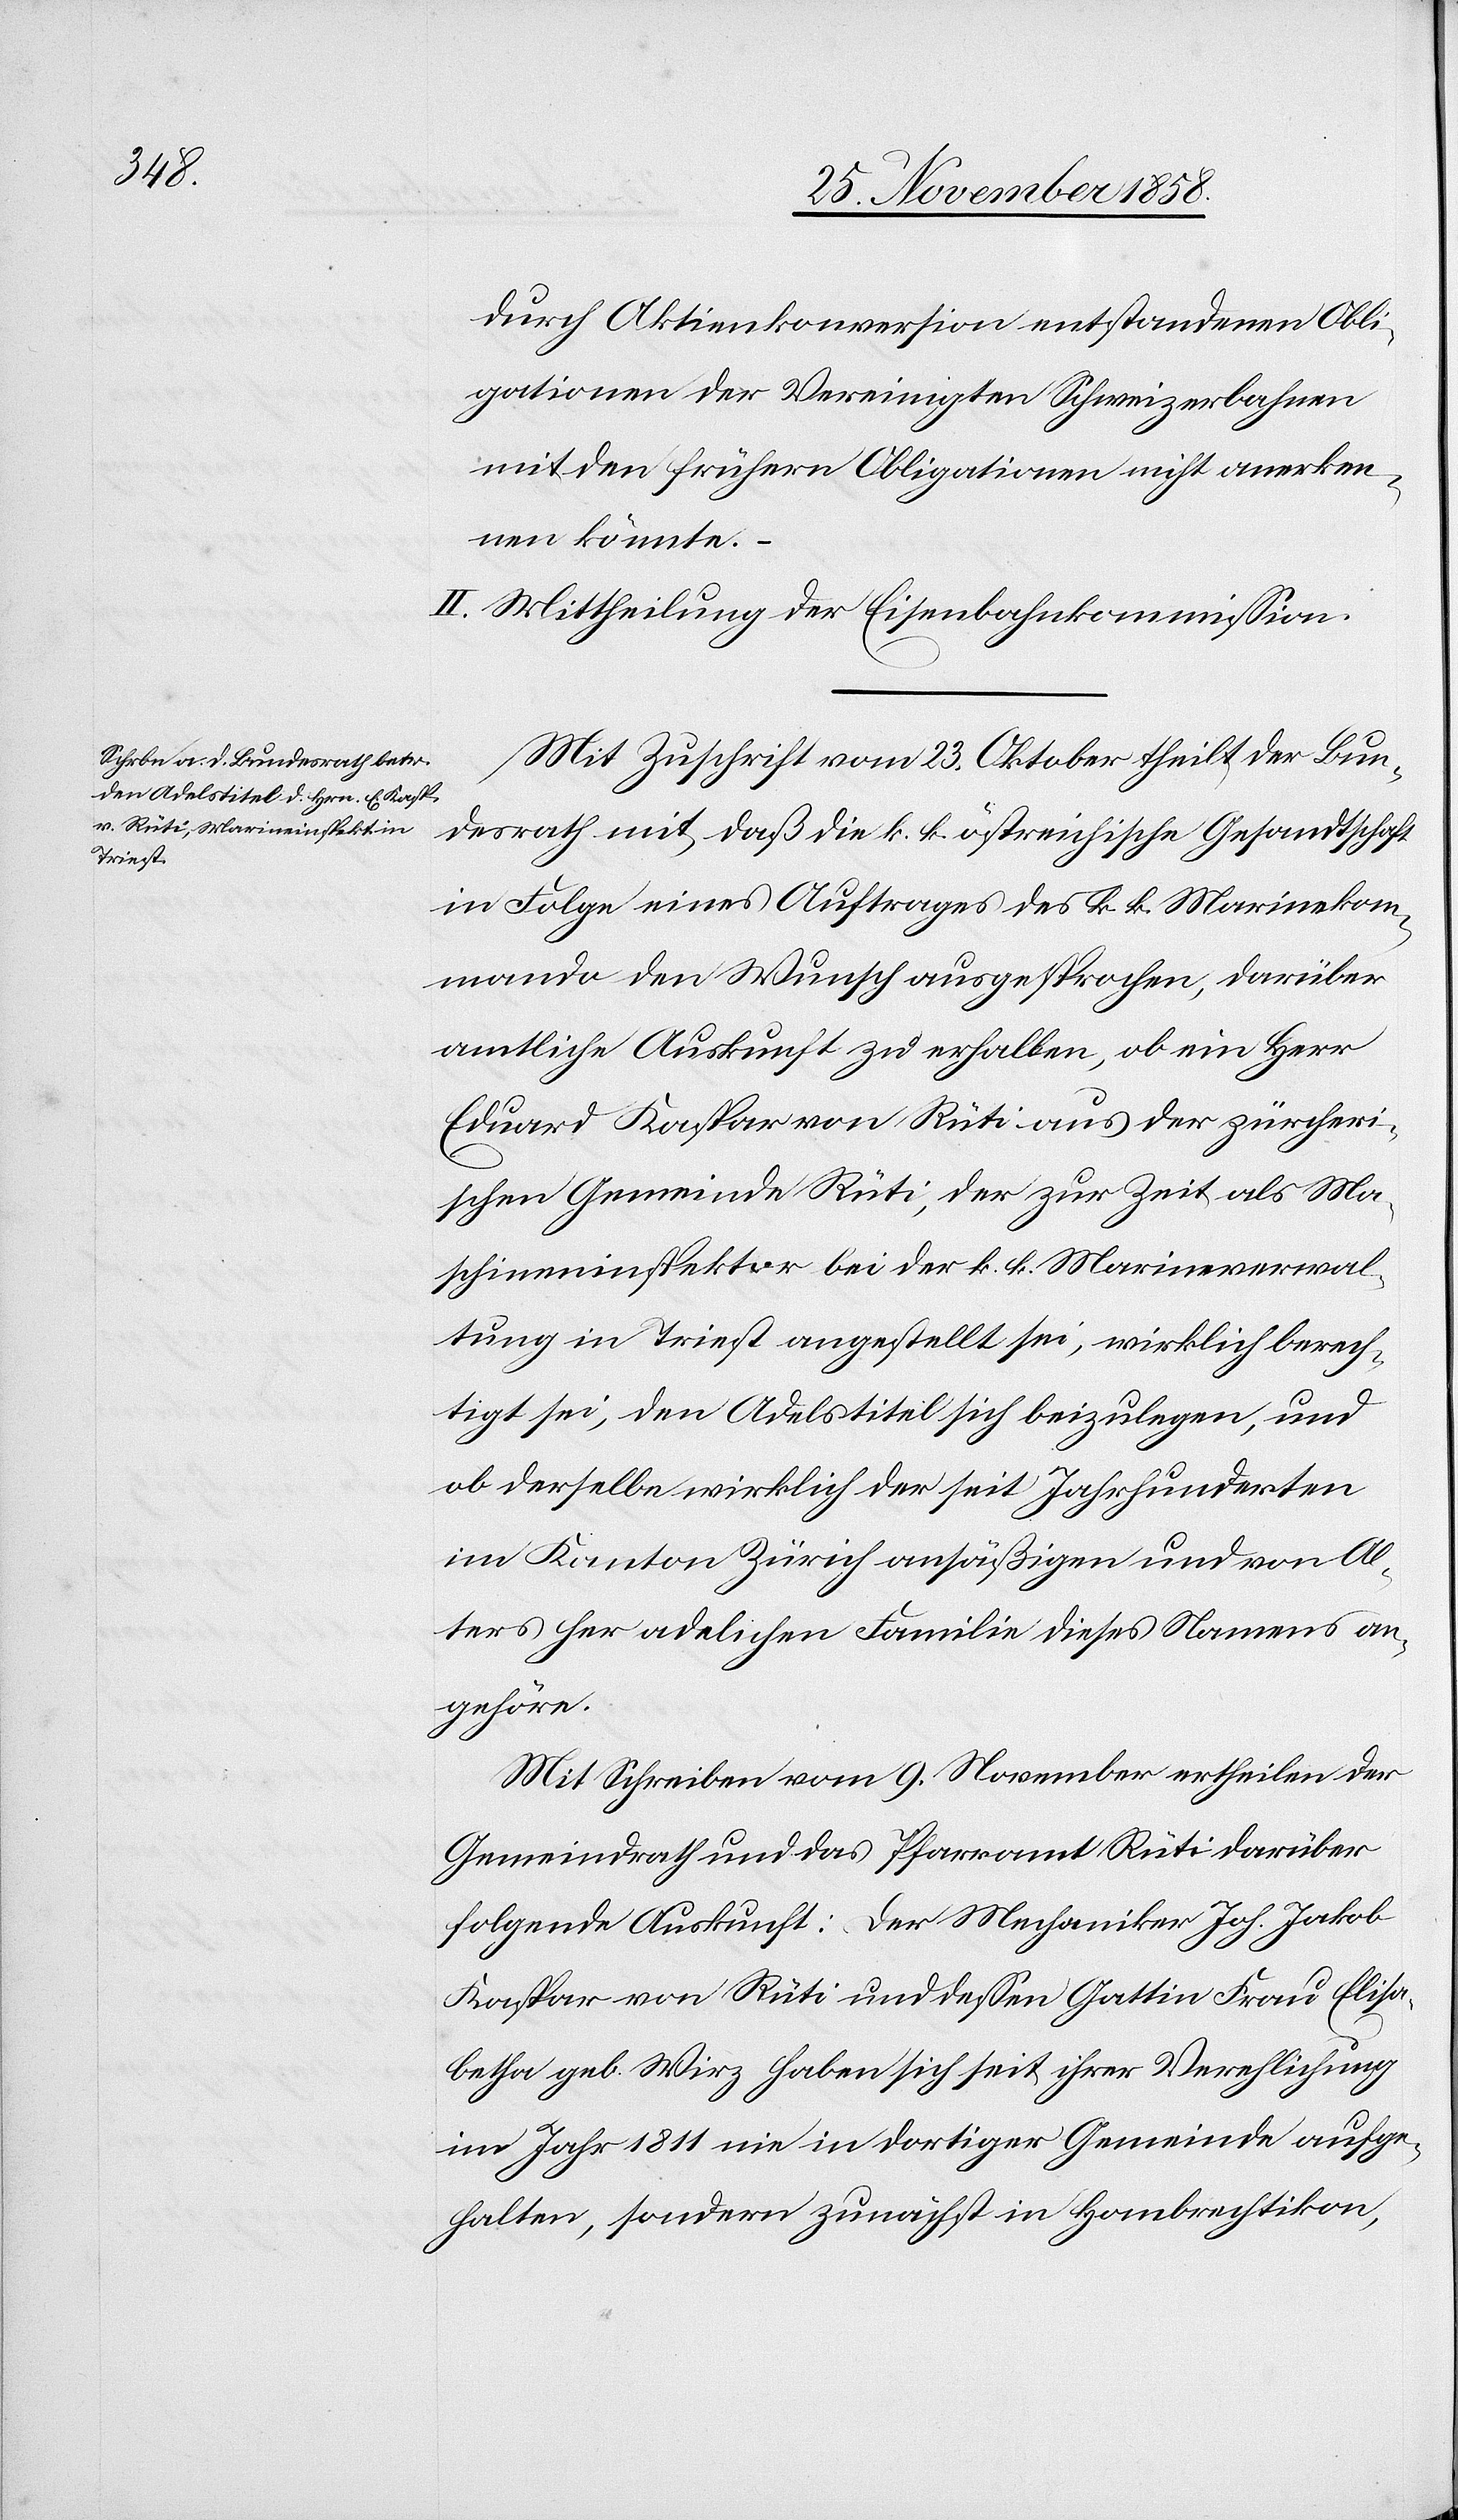
durch Aktienkonversion entstandenen Obli¬
gationen der Vereinigten Schweizerbahnen
mit den frühern Obligationen nicht anerken¬
nen könnte.
III.] Mittheilung der Eisenbahnkommission.
Mit Zuschrift vom 23. Oktober theilt der Bun¬
desrath mit, daß die k. k. östreichische Gesandtschaft
in Folge eines Auftrages des k. k. Marinekom¬
mando den Wunsch ausgesprochen, darüber
amtliche Auskunft zu erhalten, ob ein Herr
Eduard Kaspar von Rüti aus der zürcheri¬
schen Gemeinde Rüti, der zur Zeit als Ma¬
schineninspektor bei der k. k. Marineverwal¬
tung in Triest angestellt sei, wirklich berech¬
tigt sei, den Adelstitel sich beizulegen, und
ob derselbe wirklich der seit Jahrhunderten
im Kanton Zürich ansäßigen und von Al¬
ters her adelichen Familie dieses Namens an¬
gehöre.
Mit Schreiben vom 9. November ertheilen der
Gemeindrath und das Pfarramt Rüti darüber
folgende Auskunft: Der Mechaniker Joh. Jakob
Kaspar von Rüti und dessen Gattin Frau Elisa¬
betha geb. Wirz haben sich seit ihrer Verehlichung
im Jahr 1811 nie in dortiger Gemeinde aufge¬
halten, sondern zunächst in Hombrechtikon,